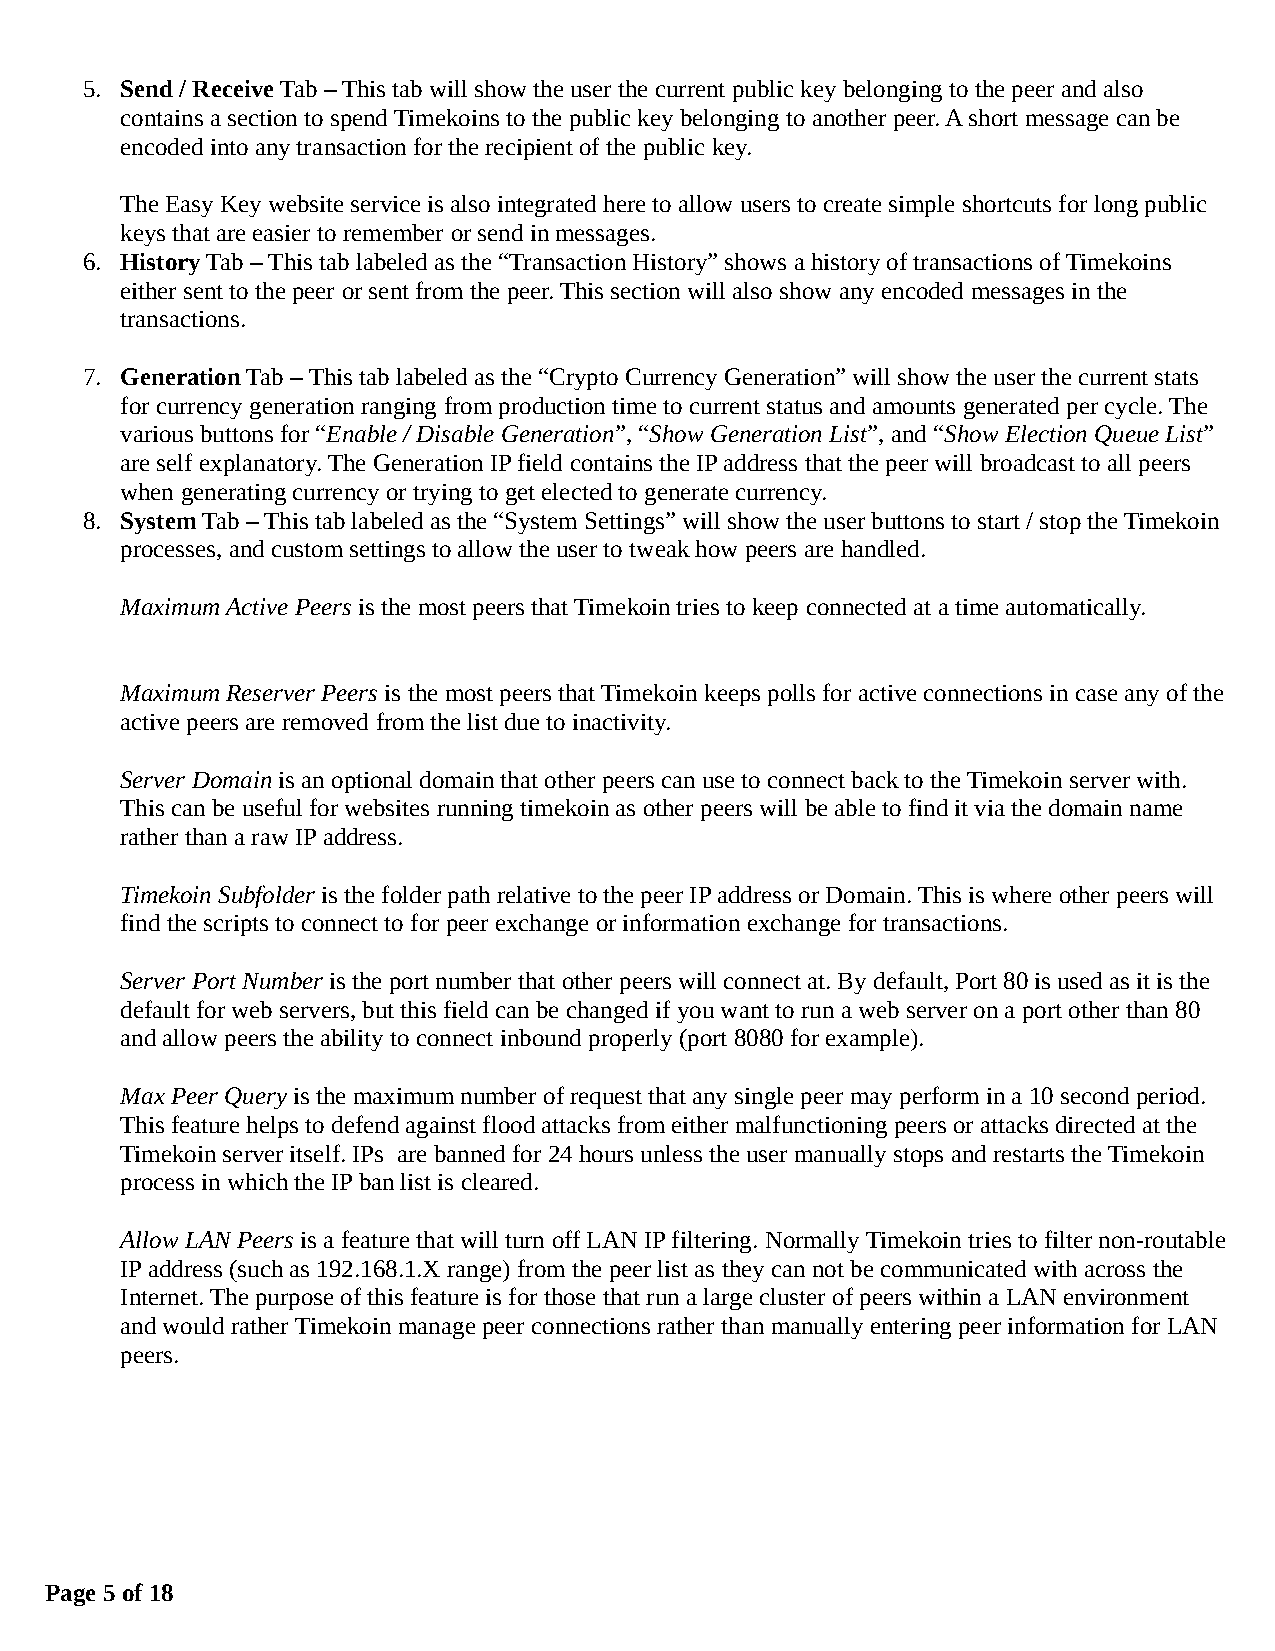
5. Send / Receive Tab – This tab will show the user the current public key belonging to the peer and also
 contains a section to spend Timekoins to the public key belonging to another peer. A short message can be
 encoded into any transaction for the recipient of the public key.
 The Easy Key website service is also integrated here to allow users to create simple shortcuts for long public
 keys that are easier to remember or send in messages.
 6. History Tab – This tab labeled as the “Transaction History” shows a history of transactions of Timekoins
 either sent to the peer or sent from the peer. This section will also show any encoded messages in the
 transactions.
 7. Generation Tab – This tab labeled as the “Crypto Currency Generation” will show the user the current stats
 for currency generation ranging from production time to current status and amounts generated per cycle. The
 various buttons for “Enable / Disable Generation”, “Show Generation List”, and “Show Election Queue List”
 are self explanatory. The Generation IP field contains the IP address that the peer will broadcast to all peers
 when generating currency or trying to get elected to generate currency.
 8. System Tab – This tab labeled as the “System Settings” will show the user buttons to start / stop the Timekoin
 processes, and custom settings to allow the user to tweak how peers are handled.
 Maximum Active Peers is the most peers that Timekoin tries to keep connected at a time automatically.
 Maximum Reserver Peers is the most peers that Timekoin keeps polls for active connections in case any of the
 active peers are removed from the list due to inactivity.
 Server Domain is an optional domain that other peers can use to connect back to the Timekoin server with.
 This can be useful for websites running timekoin as other peers will be able to find it via the domain name
 rather than a raw IP address.
 Timekoin Subfolder is the folder path relative to the peer IP address or Domain. This is where other peers will
 find the scripts to connect to for peer exchange or information exchange for transactions.
 Server Port Number is the port number that other peers will connect at. By default, Port 80 is used as it is the
 default for web servers, but this field can be changed if you want to run a web server on a port other than 80
 and allow peers the ability to connect inbound properly (port 8080 for example).
 Max Peer Query is the maximum number of request that any single peer may perform in a 10 second period.
 This feature helps to defend against flood attacks from either malfunctioning peers or attacks directed at the
 Timekoin server itself. IPs are banned for 24 hours unless the user manually stops and restarts the Timekoin
 process in which the IP ban list is cleared.
 Allow LAN Peers is a feature that will turn off LAN IP filtering. Normally Timekoin tries to filter non-routable
 IP address (such as 192.168.1.X range) from the peer list as they can not be communicated with across the
 Internet. The purpose of this feature is for those that run a large cluster of peers within a LAN environment
 and would rather Timekoin manage peer connections rather than manually entering peer information for LAN
 peers.
 Page 5 of 18